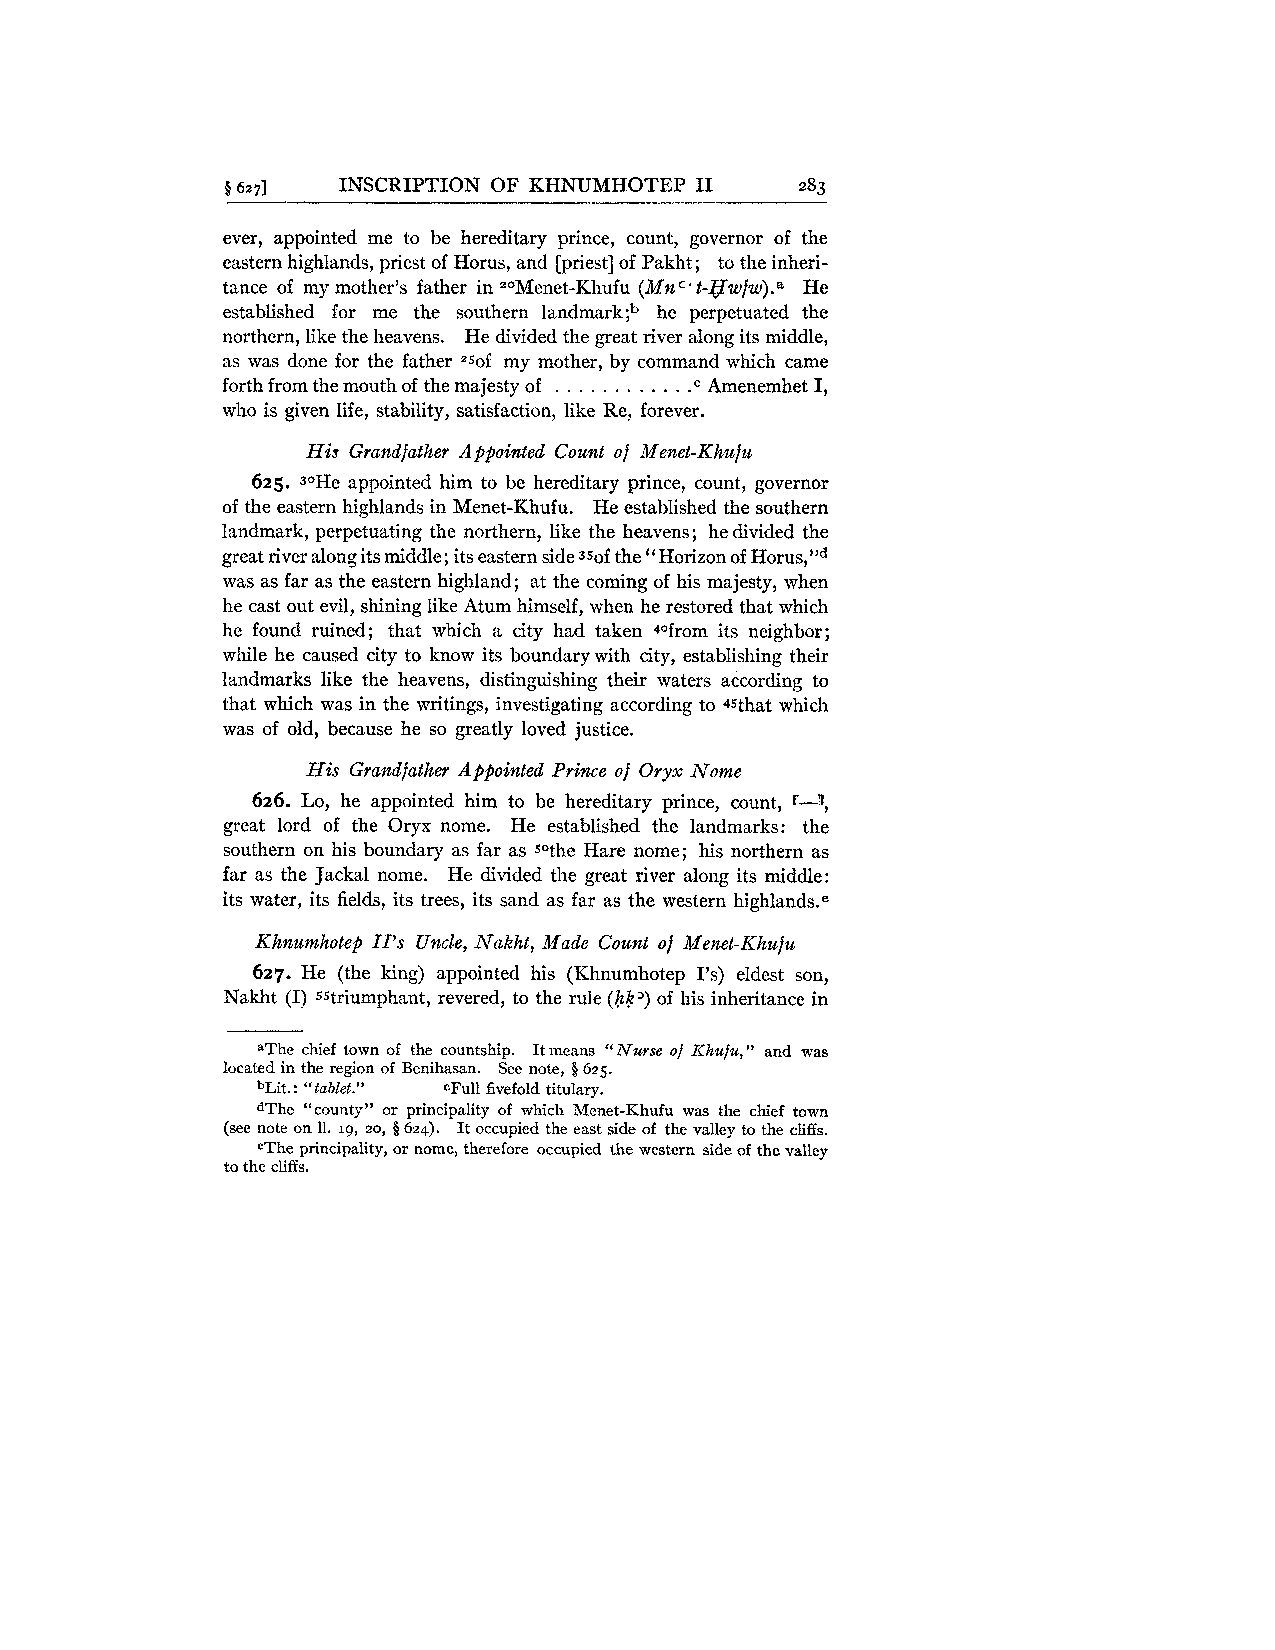
9 6271 INSCRIPTION OF KHNUMHOTEP I1   283
 ever, appointed me to be hereditary prince, count, governor of the
 eastern highlands, priest of Horus, and [priest] of Pakht; to the inheri-
 tance of my mother's father in =OMenet-Khufu( MnC't-gwfw).a He
 established for me the southern landmark;b he perpetuated the
 northern, like the heavens. He divided the great river along its middle,
 as was done for the father "sof my mother, by command which came
 forth from the mouth of the majesty of . . . . . . . . . . . Amenemhet I,
 .C
 who is given life, stability, satisfaction, like Re, forever.
 His Grandfather Appointed Count of Menet-Khzbfu
 625. S0He appointed him to be hereditary prince, count, governor
 of the eastern highlands in Menet-Khufu. He established the southern
 landmark, perpetuating the northern, like the heavens; he divided the
 great river along its middle; its eastern side 3sof the "Horizon of H~rus,"~
 was as far as the eastern highland; at the coming of his majesty, when
 he cast out evil, shining like Atum himself, when he restored that which
 he found ruined; that which a city had taken dofrom its neighbor;
 while he caused city to know its boundary with city, establishing their
 landmarks like the heavens, distinguishing their waters according to
 that which was in the writings, investigating according to 45that which
 was of old, because he so greatly loved justice.
 His Grandjather Appointed Prince of Oryx Nome
 626. Lo, he appointed him to be hereditary prince, count, r-3,
 great lord of the Oryx nome. He established the landmarks: the
 southern on his boundary as far as sothe Hare nome; his northern as
 far as the Jackal nome. He divided the great river along its middle:
 its water, its fields, its trees, its sand as far as the western high1ands.e
 Khnumlzotep II's Uncle, Naklzt, Made Count of Menet-Khufu
 627. He (the king) appointed his (Khnumhotep 1's) eldest son,
 Nakht (I) sstriumphant, revered, to the rule (hk') of his inheritance in
 aThe chief town of the countship. It means "Nurse of Khufu," and was
 located in the region of Benihasan. See note, § 625.
 bLit. : "tablet." CFull fivefold titulary.
 dThe "county" or principality of which Menet-Khufu was the chief town
 (see note on 11. 19, 20, 8 624). It occupied the east side of the valley to the cliffs.
 eThe principality, or nome, therefore occupied the western side of the valley
 to the cliffs.